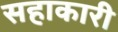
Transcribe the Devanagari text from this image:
सहाकारी